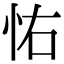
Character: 㤑